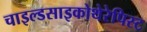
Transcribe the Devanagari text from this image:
चाइल्डसाइकोथेरेपिस्ट